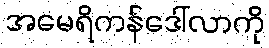
အမေရိကန်ဒေါ်လာကို